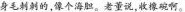
身毛刺刺的，像个海胆。老董说，收橡碗啊。